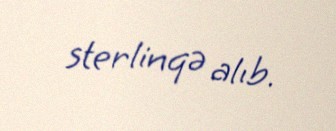
sterlinqə alıb.